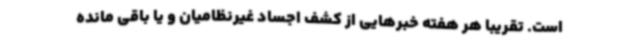
است. تقریبا هر هفته خبرهایی از کشف اجساد غیرنظامیان و یا باقی مانده